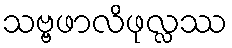
သဗ္ဗဖာလိဖုလ္လဿ